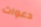
دعوات